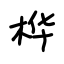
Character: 桦